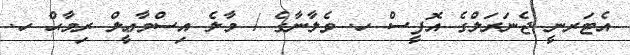
އެޓަރނީ ޖެނަރަލްގެ އޮފީސް ހ. ވެލާނާގެ / މާލެ އިސްމާޢީލް ރިމާޙް ހ.